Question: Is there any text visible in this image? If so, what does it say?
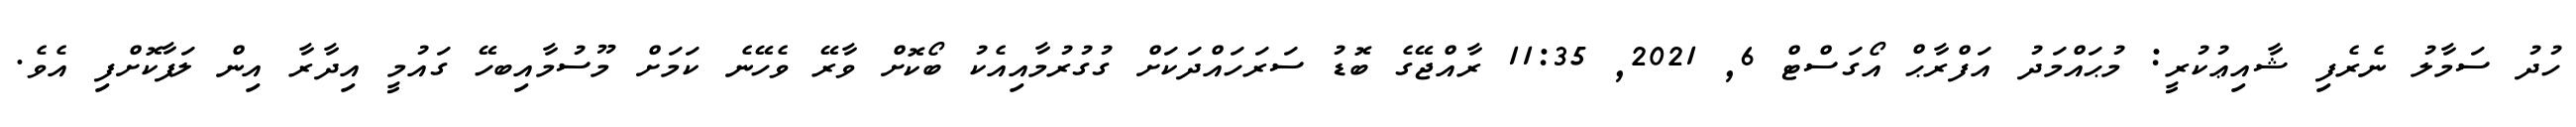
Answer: ހުދު ސަމާލު ނެރެފި ޝާއިޢުކުރީ: މުޙައްމަދު އަފްރާޙް އޯގަސްޓް 6, 2021, 11:35 ރާއްޖޭގެ ބޮޑު ސަރަހައްދަކަށް ގުގުރުމާއިއެކު ބޯކޮށް ވާރޭ ވެހޭނެ ކަމަށް މޫސުމާއިބހޭ ގައުމީ އިދާރާ އިން ލަފާކޮށްފި އެވެ.